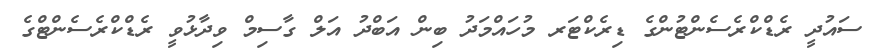
ސައުދީ ރެޑްކްރެސެންޓުންގެ ޑިރެކްޓަރ މުހައްމަދު ބިން އަބްދު އަލް ގާސިމް ވިދާޅުވީ ރެޑްކްރެސެންޓްގެ